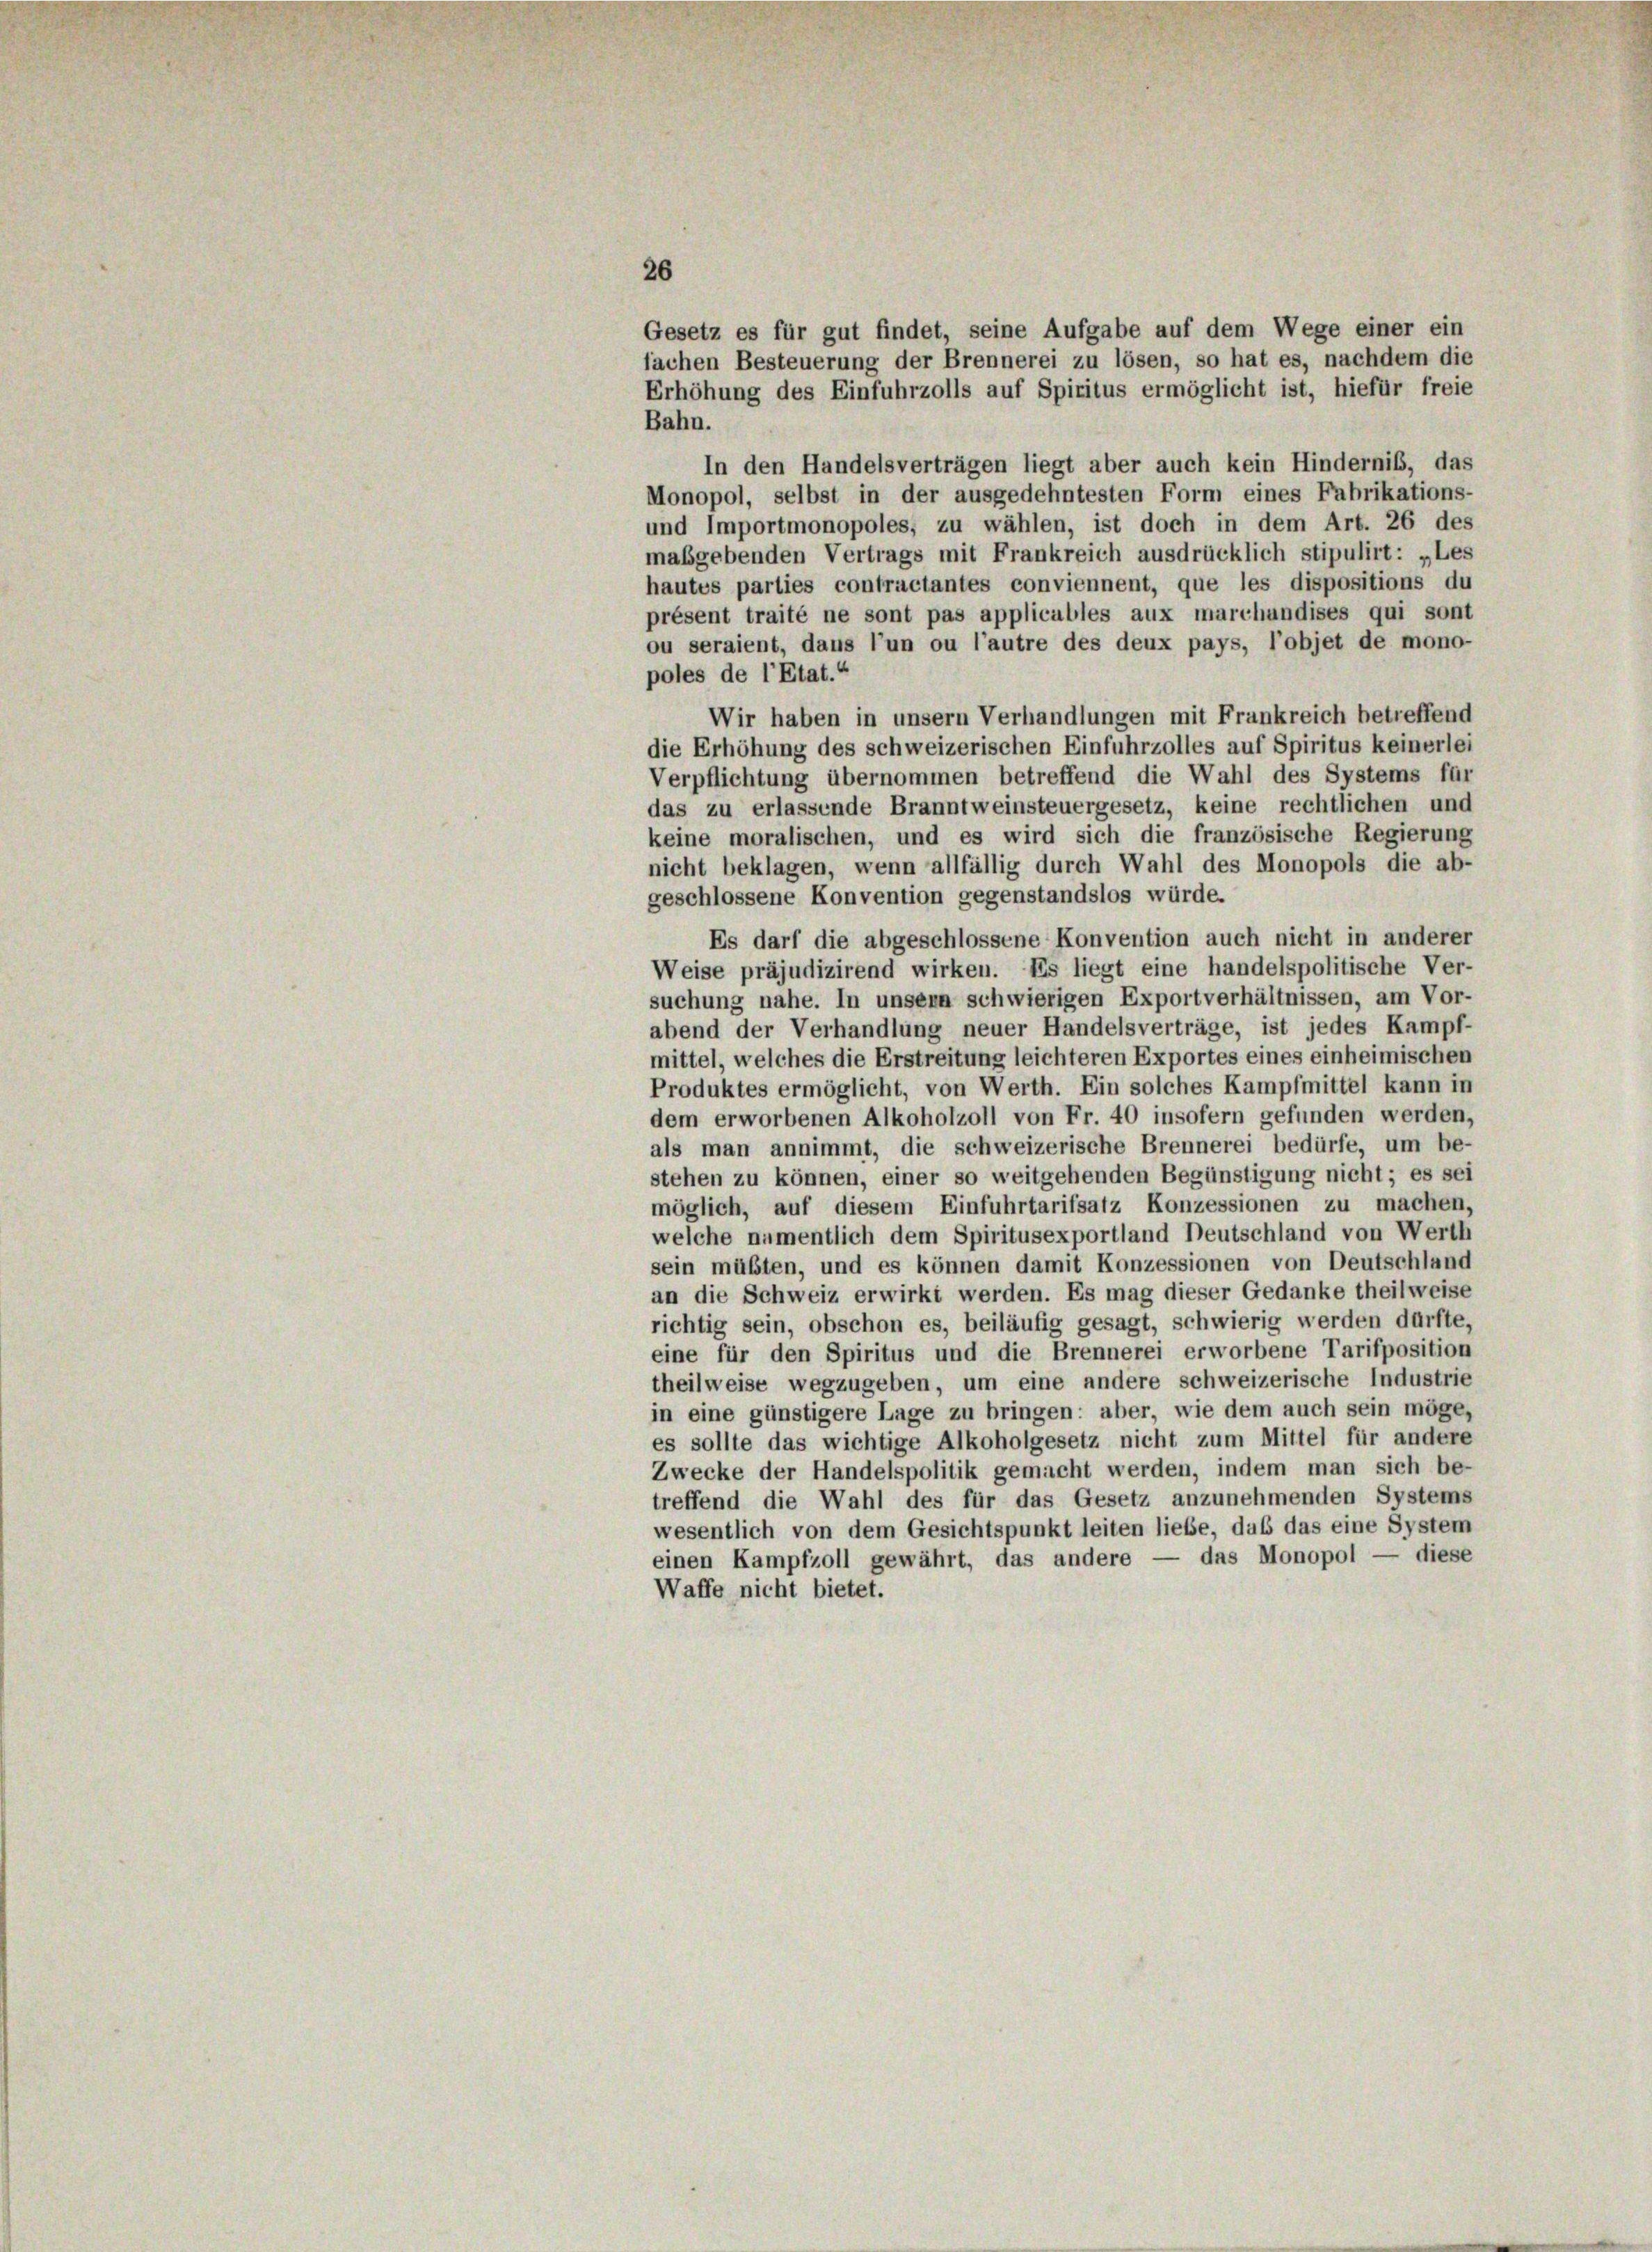
26
Gesetz es für gut findet, seine Aufgabe auf dem Wege einer ein
fachen Besteuerung der Brennerei zu lösen, so hat es, nachdem die
Erhöhung des Einfuhrzolls auf Spiritus ermöglicht ist, hiefür freie
Bahn.
In den Handelsverträgen liegt aber auch kein Hindernis, das
Monopol, selbst in der ausgedehntesten Form eines Fabrikations-
und Importmonopoles, zu wählen, ist doch in dem Art. 26 des
maßgebenden Vertrags mit Frankreich ausdrücklich stipulirt: „Les
hautes parties contractantes conviennent, que les dispositions du
présent traité ne sont pas applicables aux marchandises qui sont
ou seraient, dans l’un ou l’autre des deux pays, l’objet de mono-
poles de l’Etat.“
Wir haben in unsern Verhandlungen mit Frankreich betreffend
die Erhöhung des schweizerischen Einfuhrzolles auf Spiritus keinerlei
Verpflichtung übernommen betreffend die Wahl des Systems für
das zu erlassende Branntweinsteuergesetz, keine rechtlichen und
keine moralischen, und es wird sich die französische Regierung
nicht beklagen, wenn allfällig durch Wahl des Monopols die ab-
geschlossene Konvention gegenstandslos würde.
Es darf die abgeschlossene Konvention auch nicht in anderer
Weise präjudizirend wirken. Es liegt eine handelspolitische Ver-
suchung nahe. In unsern schwierigen Exportverhältnissen, am Vor-
abend der Verhandlung neuer Handelsverträge, ist jedes Kampf-
mittel, welches die Erstreitung leichteren Exportes eines einheimischen
Produktes ermöglicht, von Werth. Ein solches Kampfmittel kann in
dem erworbenen Alkoholzoll von Fr. 40 insofern gefunden werden,
als man annimmt, die schweizerische Brennerei bedürfe, um be-
stehen zu können, einer so weitgehenden Begünstigung nicht; es sei
möglich, auf diesem Einfuhrtarifsatz Konzessionen zu machen,
welche namentlich dem Spiritusexportland Deutschland von Werth
sein müßten, und es können damit Konzessionen von Deutschland
an die Schweiz erwirkt werden. Es mag dieser Gedanke theilweise
richtig sein, obschon es, beiläufig gesagt, schwierig werden dürfte,
eine für den Spiritus und die Brennerei erworbene Tarifposition
theilweise wegzugeben, um eine andere schweizerische Industrie
in eine günstigere Lage zu bringen: aber, wie dem auch sein möge,
es sollte das wichtige Alkoholgesetz nicht zum Mittel für andere
Zwecke der Handelspolitik gemacht werden, indem man sich be-
treffend die Wahl des für das Gesetz anzunehmenden Systems
wesentlich von dem Gesichtspunkt leiten liebe, daß das eine System
einen Kampfzoll gewährt, das andere — das Monopol — diese
Waffe nicht bietet.